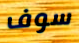
سوف